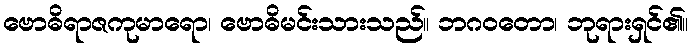
ဗောဓိရာဇကုမာရော၊ ဗောဓိမင်းသားသည်။ ဘဂဝတော၊ ဘုရားရှင်၏။